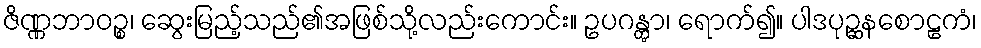
ဇိဏ္ဏဘာဝဉ္စ၊ ဆွေးမြည့်သည်၏အဖြစ်သို့လည်းကောင်း။ ဥပဂန္တွာ၊ ရောက်၍။ ပါဒပုဉ္ဆနစောဠကံ၊